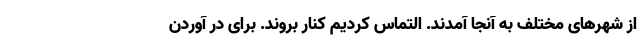
از شهرهای مختلف به آنجا آمدند. التماس کردیم کنار بروند. برای در آوردن